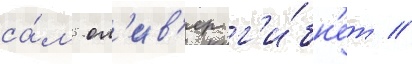
са́м ол'ив'ер г'и́бн'ет //